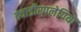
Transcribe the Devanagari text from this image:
क्वाडीरपलेगिया